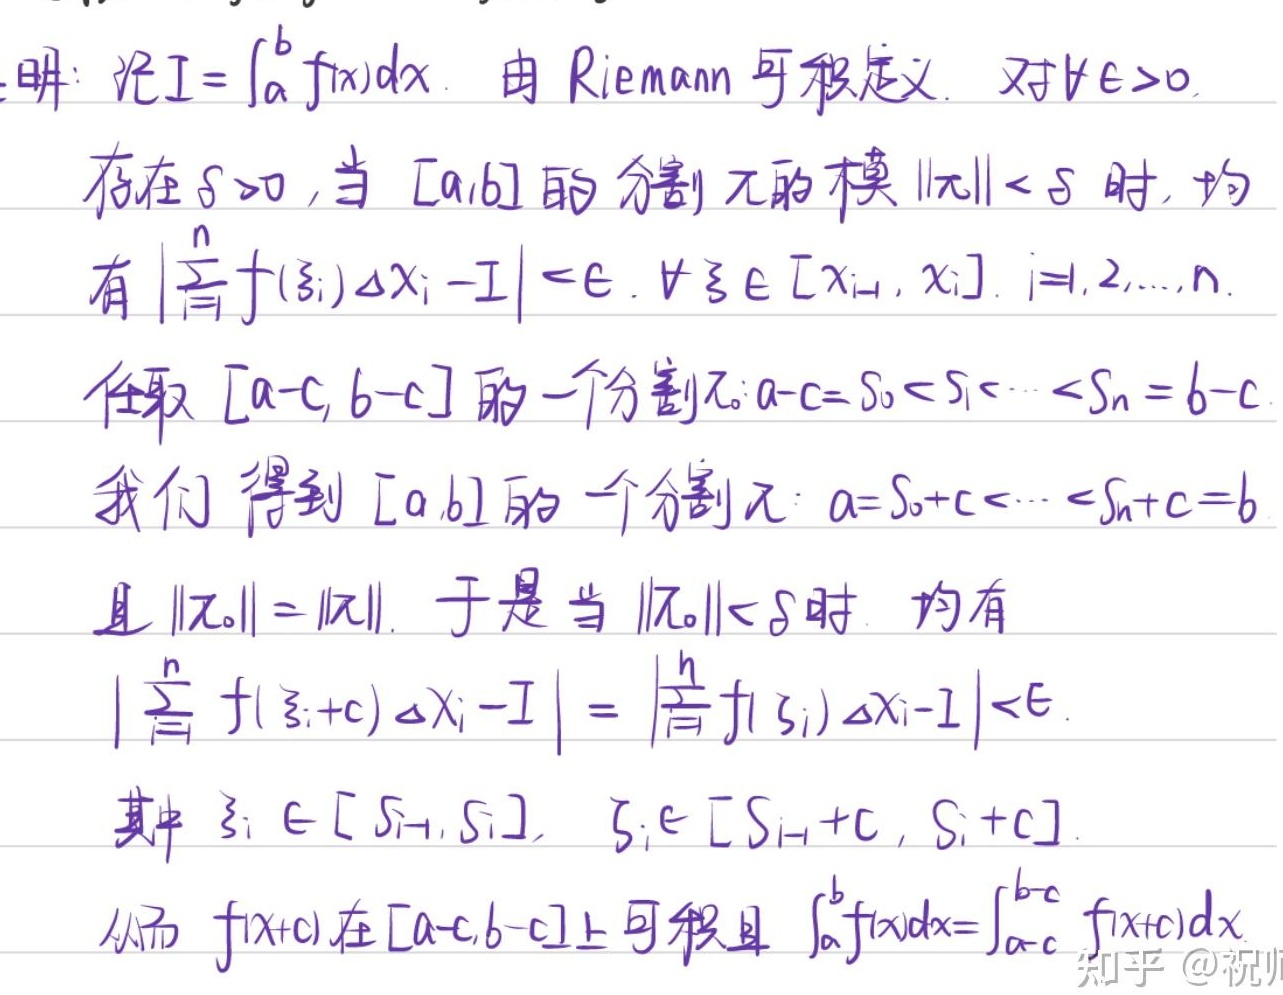
证：记\(I = \int_{a}^{b} f(x)dx\)。由Riemann可积定义，对\(\forall \epsilon > 0\)，存在\(\delta > 0\)，当\([a,b]\)的分割\(\pi\)的模\(\|\pi\| < \delta\)时，均有\(\left|\sum_{i = 1}^{n} f(\xi_{i})\Delta x_{i}-I\right| < \epsilon\)。\(\forall \xi_{i} \in [x_{i - 1}, x_{i}]\)，\(i = 1,2,\cdots,n\)。

任取\([a - c, b - c]\)的一个分割\(\pi_{0}:a - c = S_{0}<S_{1}<\cdots<S_{n}=b - c\)，我们得到\([a,b]\)的一个分割\(\pi:a = S_{0}+c<\cdots<S_{n}+c = b\)且\(\|\pi_{0}\|=\|\pi\|\)。于是当\(\|\pi_{0}\|<\delta\)时，均有\(\left|\sum_{i = 1}^{n} f(\xi_{i}+c)\Delta x_{i}-I\right|=\left|\sum_{i = 1}^{n} f(\zeta_{i})\Delta x_{i}-I\right|<\epsilon\)。其中\(\xi_{i} \in [S_{i - 1}, S_{i}]\)，\(\zeta_{i} \in [S_{i - 1}+c, S_{i}+c]\)。从而\(f(x + c)\)在\([a - c, b - c]\)上可积且\(\int_{a}^{b} f(x)dx=\int_{a - c}^{b - c} f(x + c)dx\)。

知乎@祝帅